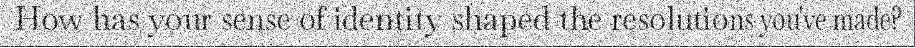
How has your sense of identity shaped the resolutions you've made?